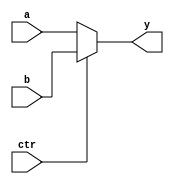
module MUX2 #(parameter WIDTH = 32) (a, b, ctr, y);

  input ctr;
  input [WIDTH - 1:0] a, b;

  output[WIDTH - 1:0] y;
  assign y = (ctr == 1) ? b : a;

endmodule

module MUX3 #(parameter WIDTH = 32) (a, b, c, ctr, y);

  input[1:0] ctr;
  input[WIDTH - 1:0]  a, b, c;

  output[WIDTH - 1:0] y;
  
  assign y = (ctr == 2'b00) ? a : ((ctr == 2'b01) ? b : c);

endmodule